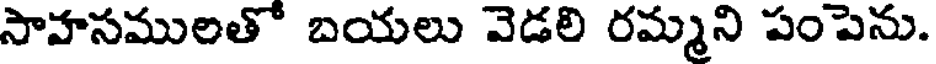
సాహసములతో బయలు వెడలి రమ్మని పంపెను.